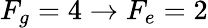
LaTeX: F_{g}=4\rightarrow F_{e}=2